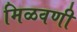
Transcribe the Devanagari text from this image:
मिळवणी